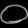
Digit: ၀